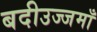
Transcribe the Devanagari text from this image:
बदीउज्जमाँ